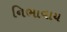
નિભાવાય